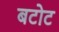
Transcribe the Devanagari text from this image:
बटोट